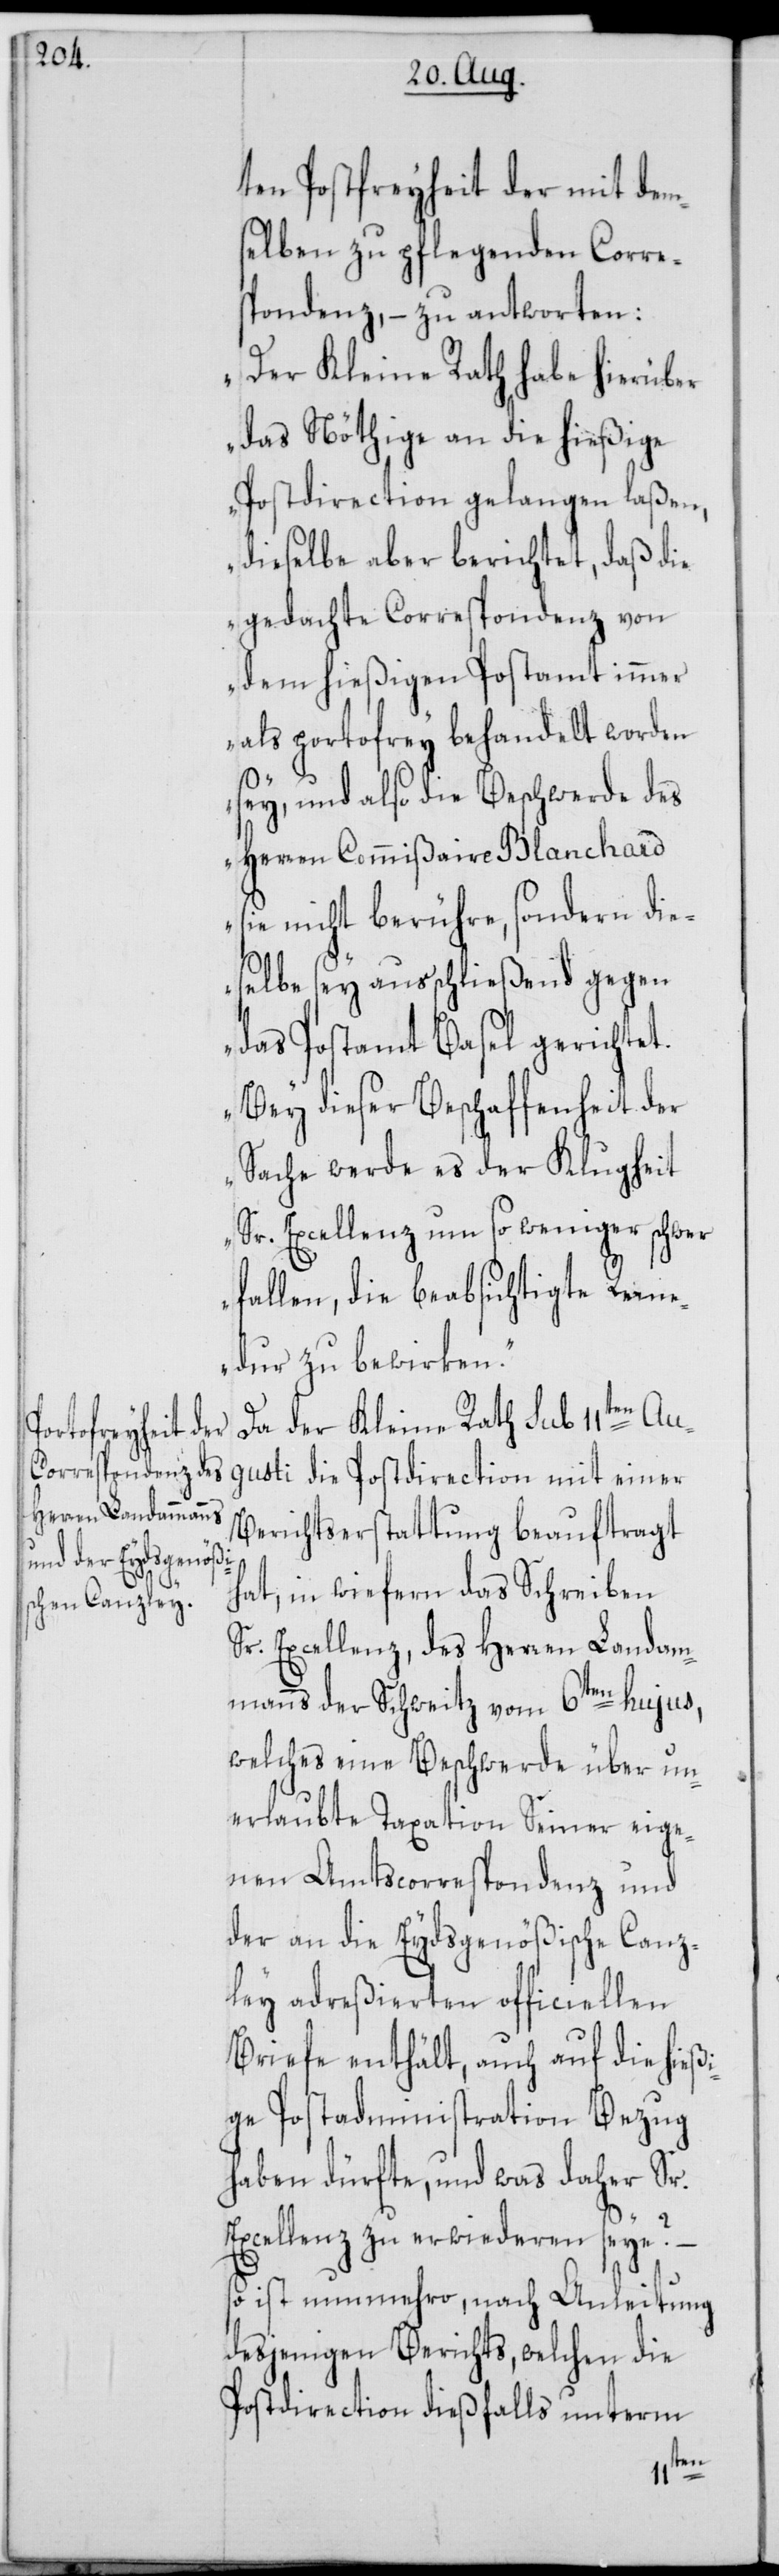
ten Postfreyheit der mit dem¬
selben zu pflegenden Corres¬
pondenz, – zu antworten:
„Der Kleine Rath habe hierüber
das Nöthige an die hießige
Postdirection gelangen laßen,
dieselbe aber berichtet, daß die
gedachte Correspondenz von
dem hießigen Postamt immer
als portofrey behandelt worden
sey, und also die Beschwerde des
Herren Commißaire Blanchard
sie nicht berühre, sondern die¬
selbe sey ausschließend gegen
das Postamt Basel gerichtet.
Bey dieser Beschaffenheit der
Sache werde es der Klugheit
Sr. Excellenz um so weniger schwer
fallen, die beabsichtigte Reme¬
dur zu bewirken.“
Da der Kleine Rath sub 11ten Au¬
gusti die Postdirection mit einer
Berichtserstattung beauftragt
hat, in wiefern das Schreiben
Sr. Excellenz, des Herren Landam¬
manns der Schweitz vom 6ten hujus,
welches eine Beschwerde über un¬
erlaubte Taxation Seiner eige¬
nen Amtscorrespondenz und
der an die Eydsgenößische Canz¬
ley adreßierten officiellen
Briefe enthält, auch auf die hießi¬
ge Postadministration Bezug
haben dürfte, und was daher Sr.
Excellenz zu erwiederen seye?
so ist nunmehro, nach Anleitung
desjenigen Berichts, welchen die
Postdirection dießfalls unterm